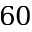
6 0